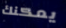
يمكنك